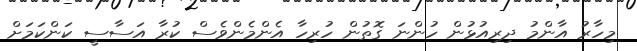
މިހާރު އާންމު ދިރިއުޅުން ހުންނަ ގޮތުން ހުރިހާ އެންމެންވެސް ކުރާ އަސާސީ ކަންކަމަށް